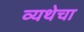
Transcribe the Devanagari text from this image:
व्यथेचा